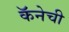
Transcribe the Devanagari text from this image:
कॅनेची